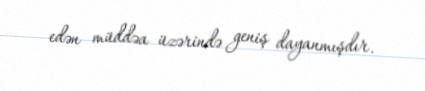
edən müddəa üzərində geniş dayanmışdır.